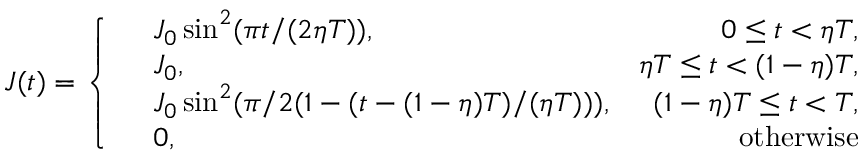
J ( t ) = \left\{ \begin{array} { r l r } & { J _ { 0 } \sin ^ { 2 } ( \pi t / ( 2 \eta T ) ) , } & { 0 \le t < \eta T , } \\ & { J _ { 0 } , } & { \eta T \le t < ( 1 - \eta ) T , } \\ & { J _ { 0 } \sin ^ { 2 } ( \pi / 2 ( 1 - ( t - ( 1 - \eta ) T ) / ( \eta T ) ) ) , } & { ( 1 - \eta ) T \le t < T , } \\ & { 0 , } & { \mathrm { o t h e r w i s e } } \end{array} \right.